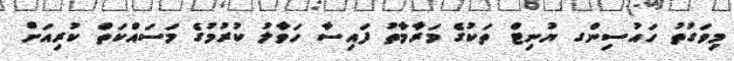
މިވަގުތު ހައުސިންގ ޔުނިޓް ތަކުގެ މަރާމާތު ފައިސާ ހަވާލު ކުރުމުގެ މަސައްކަތް ކުރިއަށް